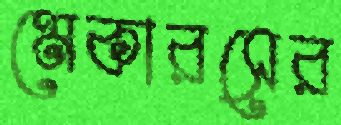
মেকারসের